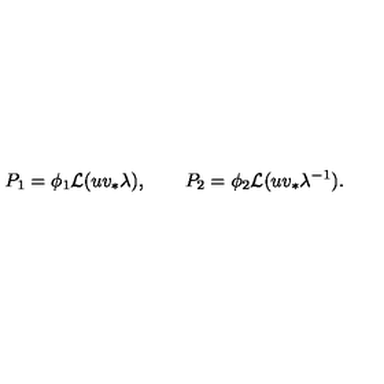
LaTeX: P _ { 1 } = \phi _ { 1 } { \cal L } ( u v _ { * } \lambda ) , \qquad P _ { 2 } = \phi _ { 2 } { \cal L } ( u v _ { * } \lambda ^ { - 1 } ) .